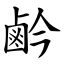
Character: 鹶